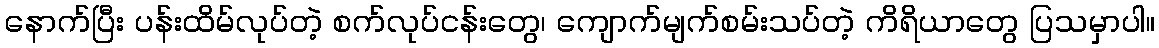
နောက်ပြီး ပန်းထိမ်လုပ်တဲ့ စက်လုပ်ငန်းတွေ၊ ကျောက်မျက်စမ်းသပ်တဲ့ ကိရိယာတွေ ပြသမှာပါ။